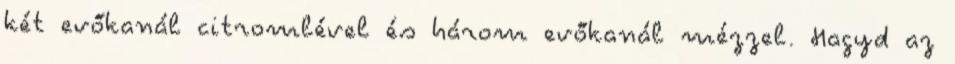
két evőkanál citromlével és három evőkanál mézzel. Hagyd az